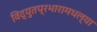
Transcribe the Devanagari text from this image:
विद्युतप्रभारामधल्या